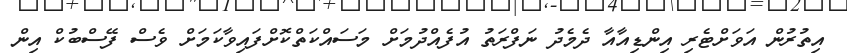
އިތުރުން އަވަށްޓެރި އިންޑިއާއާ ދެމެދު ނަފްރަތު އުފެއްދުމަށް މަސައްކަތްކޮށްފައިވާކަމަށް ވެސް ފޭސްބުކް އިން